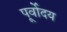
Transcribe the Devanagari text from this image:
पूर्वोदय